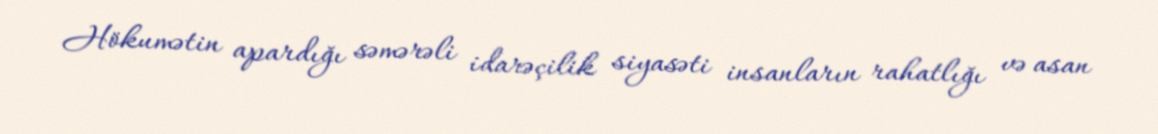
Hökumətin apardığı səmərəli idarəçilik siyasəti insanların rahatlığı və asan